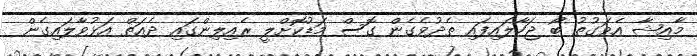
މާއިޝާ އެވަގުތު ބޯ ޖަހާލައިފައި ތެދުވެގެން ގޮސް މަޑުކޮށްލީ ރެއިލިންގައި ދެއަތް އަޅުވާލައިގެން